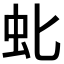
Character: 𫊤